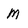
Character: M